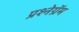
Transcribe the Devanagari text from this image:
प्रश्नेग्रॅम